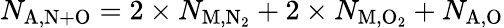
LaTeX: N_{\mathrm{A,N+O}}=2\times N_{\mathrm{M,N_{2}}}+2\times N_{\mathrm{M,O_{2}}}+N_{\mathrm{A,O}}